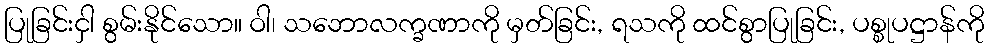
ပြုခြင်းငှါ စွမ်းနိုင်သော။ ဝါ၊ သဘောလက္ခဏာကို မှတ်ခြင်း, ရသကို ထင်စွာပြုခြင်း, ပစ္စုပဋ္ဌာန်ကို